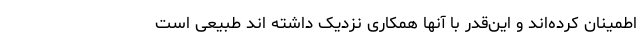
اطمینان کرده‌اند و این‌قدر با آنها همکاری نزدیک داشته اند طبیعی است